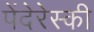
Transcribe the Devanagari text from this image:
पेंदेरेस्की